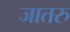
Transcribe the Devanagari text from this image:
जातरु